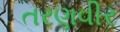
તરણવીર